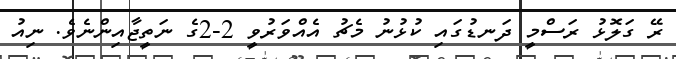
ރޭ ގަލޮޅު ރަސްމީ ދަނޑުގައި ކުޅުނު މެޗު އެއްވަރުވީ 2-2ގެ ނަތީޖާއިންނެވެ. ނިއު